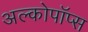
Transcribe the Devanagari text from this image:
अल्कोपॉप्स